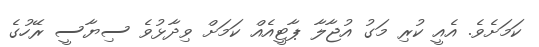
ކަމަށެވެ. އެއީ ކުރި މަގު އުޖާލާ ޕާޓީއެއް ކަމަށް ވިދާޅުވެ ސިޔާސީ ރޭހުގެ